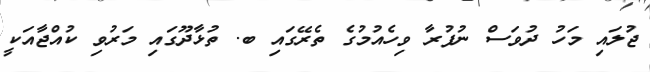
ޖުލައި މަހު ދުވަސް ނުފުރާ ވިހެއުމުގެ ތެރޭގައި ބ. ތުޅާދޫގައި މަރުވި ކުއްޖާއަކީ